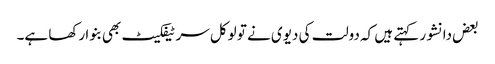
بعض دانشور کہتے ہیں کہ دولت کی دیوی نے تو لوکل سر ٹیفکیٹ بھی بنوا رکھا ہے۔